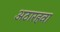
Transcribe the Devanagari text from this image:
अठारहवा